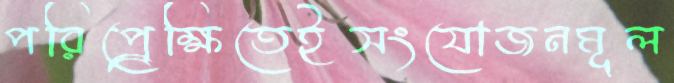
পরিপ্র্রেক্ষিতেইসংযোজনমূল